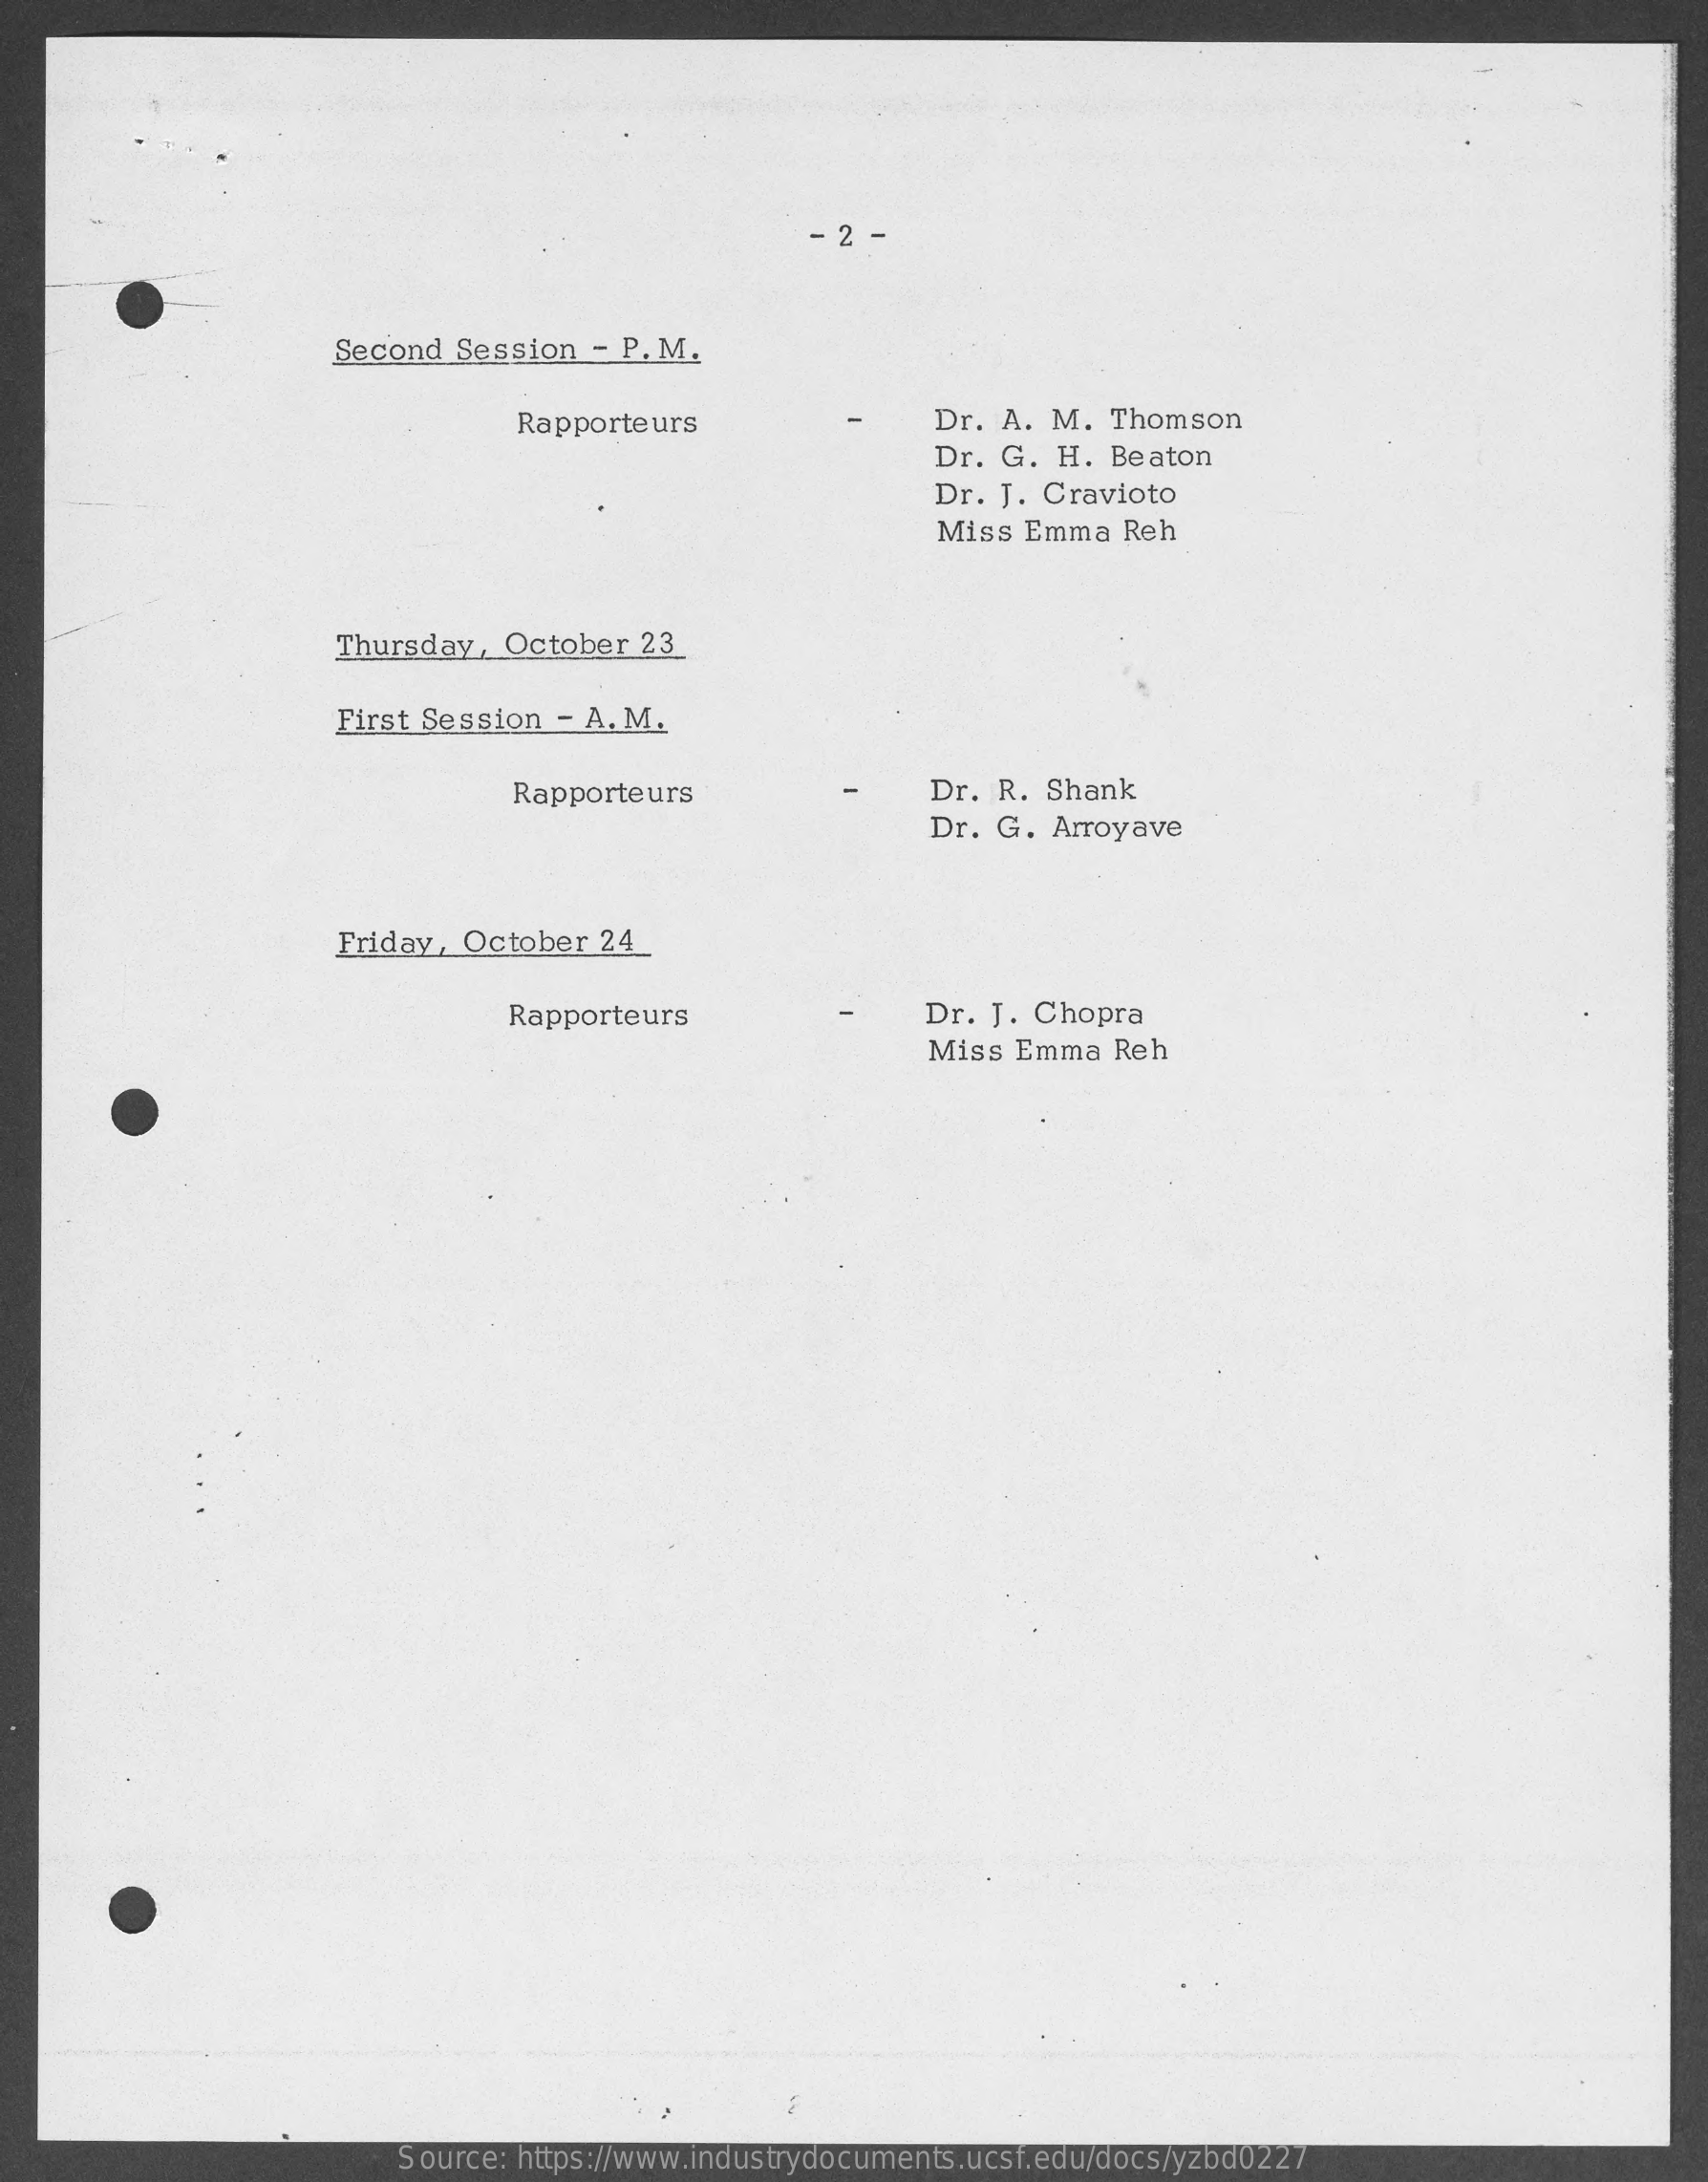
Second  Session  - P. M.
     Rapporteurs    -    Dr. A. M.  Thomson
     Dr. G.  H. Beaton
     Dr. J. Cravioto
     Miss Emma   Reh
     Thursday,  October  23
     First Session - A. M.
     Rapporteurs    Dr. R. Shank
     Dr. G. Arroyave
     Friday, October  24_
     Rapporteurs    Dr. J. Chopra
     Miss  Emma  Reh
     Source: https://www.industrydocuments.ucsf.edu/docs/yzbd0227